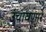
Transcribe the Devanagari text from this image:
उंचावणारे